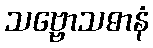
သဗ္ဗောသဓာနံ